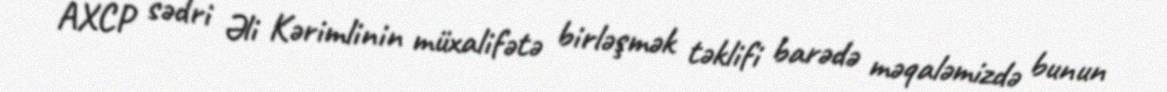
AXCP sədri Əli Kərimlinin müxalifətə birləşmək təklifi barədə məqaləmizdə bunun